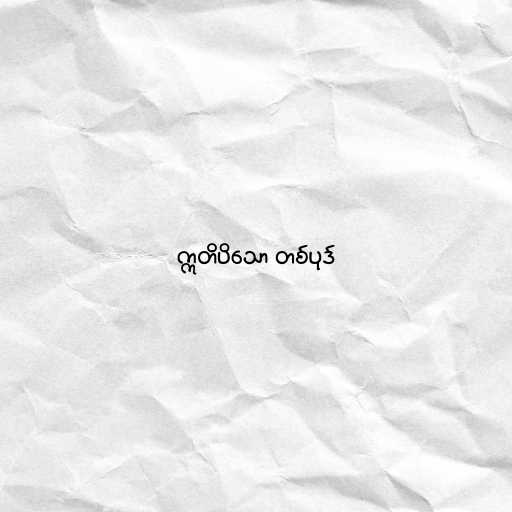
ဣတိပိသော တစ်ပုဒ်